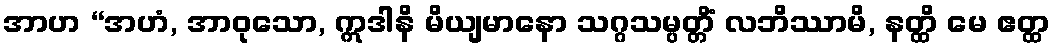
အာဟ “အဟံ, အာဝုသော, ဣဒါနိ မိယျမာနော သဂ္ဂသမ္ပတ္တိံ လဘိဿာမိ, နတ္ထိ မေ ဧတ္ထ